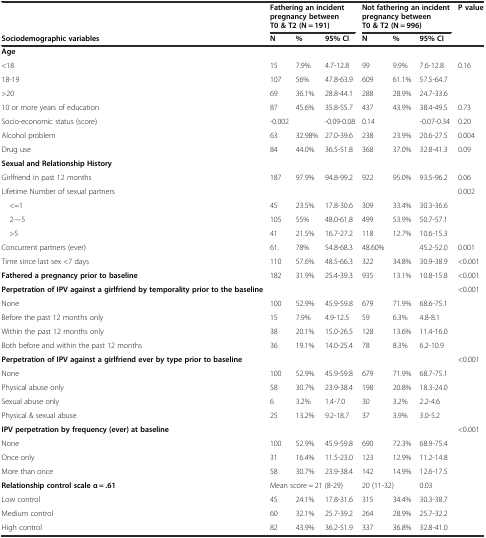
<table><thead><tr><td></td><td colspan="3"><b>Fathering an incident pregnancy between T0 &amp; T2 (N = 191)</b></td><td colspan="3"><b>Not fathering an incident pregnancy between T0 &amp; T2 (N = 996)</b></td><td><b>P value</b></td></tr><tr><td><b>Sociodemographic variables</b></td><td><b>N</b></td><td><b>%</b></td><td><b>95% CI</b></td><td><b>N</b></td><td><b>%</b></td><td><b>95% CI</b></td><td></td></tr></thead><tbody><tr><td><b>Age</b></td><td></td><td></td><td></td><td></td><td></td><td></td><td></td></tr><tr><td>&lt;18</td><td>15</td><td>7.9%</td><td>4.7-12.8</td><td>99</td><td>9.9%</td><td>7.6-12.8</td><td>0.16</td></tr><tr><td>18-19</td><td>107</td><td>56%</td><td>47.8-63.9</td><td>609</td><td>61.1%</td><td>57.5-64.7</td><td></td></tr><tr><td>&gt;20</td><td>69</td><td>36.1%</td><td>28.8-44.1</td><td>288</td><td>28.9%</td><td>24.7-33.6</td><td></td></tr><tr><td>10 or more years of education</td><td>87</td><td>45.6%</td><td>35.8-55.7</td><td>437</td><td>43.9%</td><td>38.4-49.5</td><td>0.73</td></tr><tr><td>Socio-economic status (score)</td><td>-0.002</td><td></td><td>-0.09-0.08</td><td>0.14</td><td></td><td>-0.07-0.34</td><td>0.20</td></tr><tr><td>Alcohol problem</td><td>63</td><td>32.98%</td><td>27.0-39.6</td><td>238</td><td>23.9%</td><td>20.6-27.5</td><td>0.004</td></tr><tr><td>Drug use</td><td>84</td><td>44.0%</td><td>36.5-51.8</td><td>368</td><td>37.0%</td><td>32.8-41.3</td><td>0.09</td></tr><tr><td><b>Sexual and Relationship History</b></td><td></td><td></td><td></td><td></td><td></td><td></td><td></td></tr><tr><td>Girlfriend in past 12 months</td><td>187</td><td>97.9%</td><td>94.8-99.2</td><td>922</td><td>95.0%</td><td>93.5-96.2</td><td>0.06</td></tr><tr><td>Lifetime Number of sexual partners</td><td></td><td></td><td></td><td></td><td></td><td></td><td>0.002</td></tr><tr><td> &lt;=1</td><td>45</td><td>23.5%</td><td>17.8-30.6</td><td>309</td><td>33.4%</td><td>30.3-36.6</td><td></td></tr><tr><td> 2—5</td><td>105</td><td>55%</td><td>48.0-61.8</td><td>499</td><td>53.9%</td><td>50.7-57.1</td><td></td></tr><tr><td> &gt;5</td><td>41</td><td>21.5%</td><td>16.7-27.2</td><td>118</td><td>12.7%</td><td>10.6-15.3</td><td></td></tr><tr><td>Concurrent partners (ever)</td><td>61.</td><td>78%</td><td>54.8-68.3</td><td>48.60%</td><td></td><td>45.2-52.0</td><td>0.001</td></tr><tr><td>Time since last sex &lt;7 days</td><td>110</td><td>57.6%</td><td>48.5-66.3</td><td>322</td><td>34.8%</td><td>30.9-38.9</td><td>&lt;0.001</td></tr><tr><td><b>Fathered a pregnancy prior to baseline</b></td><td>182</td><td>31.9%</td><td>25.4-39.3</td><td>935</td><td>13.1%</td><td>10.8-15.8</td><td>&lt;0.001</td></tr><tr><td><b>Perpetration of IPV against a girlfriend by temporality prior to the baseline</b></td><td></td><td></td><td></td><td></td><td></td><td></td><td>&lt;0.001</td></tr><tr><td>None</td><td>100</td><td>52.9%</td><td>45.9-59.8</td><td>679</td><td>71.9%</td><td>68.6-75.1</td><td></td></tr><tr><td>Before the past 12 months only</td><td>15</td><td>7.9%</td><td>4.9-12.5</td><td>59</td><td>6.3%</td><td>4.8-8.1</td><td></td></tr><tr><td>Within the past 12 months only</td><td>38</td><td>20.1%</td><td>15.0-26.5</td><td>128</td><td>13.6%</td><td>11.4-16.0</td><td></td></tr><tr><td>Both before and within the past 12 months</td><td>36</td><td>19.1%</td><td>14.0-25.4</td><td>78</td><td>8.3%</td><td>6.2-10.9</td><td></td></tr><tr><td><b>Perpetration of IPV against a girlfriend ever by type prior to baseline</b></td><td></td><td></td><td></td><td></td><td></td><td></td><td>&lt;0.001</td></tr><tr><td>None</td><td>100</td><td>52.9%</td><td>45.9-59.8</td><td>679</td><td>71.9%</td><td>68.7-75.1</td><td></td></tr><tr><td>Physical abuse only</td><td>58</td><td>30.7%</td><td>23.9-38.4</td><td>198</td><td>20.8%</td><td>18.3-24.0</td><td></td></tr><tr><td>Sexual abuse only</td><td>6</td><td>3.2%</td><td>1.4-7.0</td><td>30</td><td>3.2%</td><td>2.2-4.6</td><td></td></tr><tr><td>Physical &amp; sexual abuse</td><td>25</td><td>13.2%</td><td>9.2-18.7</td><td>37</td><td>3.9%</td><td>3.0-5.2</td><td></td></tr><tr><td><b>IPV perpetration by frequency (ever) at baseline</b></td><td></td><td></td><td></td><td></td><td></td><td></td><td>&lt;0.001</td></tr><tr><td>None</td><td>100</td><td>52.9%</td><td>45.9-59.8</td><td>690</td><td>72.3%</td><td>68.9-75.4</td><td></td></tr><tr><td>Once only</td><td>31</td><td>16.4%</td><td>11.5-23.0</td><td>123</td><td>12.9%</td><td>11.2-14.8</td><td></td></tr><tr><td>More than once</td><td>58</td><td>30.7%</td><td>23.9-38.4</td><td>142</td><td>14.9%</td><td>12.6-17.5</td><td></td></tr><tr><td><b>Relationship control scale α = .61</b></td><td colspan="3">Mean score = 21 (8-29)</td><td colspan="2">20 (11-32)</td><td></td><td>0.03</td></tr><tr><td>Low control</td><td>45</td><td>24.1%</td><td>17.8-31.6</td><td>315</td><td>34.4%</td><td>30.3-38.7</td><td></td></tr><tr><td>Medium control</td><td>60</td><td>32.1%</td><td>25.7-39.2</td><td>264</td><td>28.9%</td><td>25.7-32.2</td><td></td></tr><tr><td>High control</td><td>82</td><td>43.9%</td><td>36.2-51.9</td><td>337</td><td>36.8%</td><td>32.8-41.0</td><td></td></tr></tbody></table>